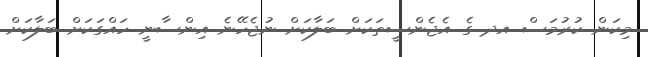
މިކަން ކުރުމަސް އދ ގެ އެޖެންސީތަކަށް ބަލާކަށް ނުޖެހޭނެ އިންސާނީ ހައްގަކަށް ބަލާކަށް